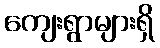
ကျေးရွာများရှိ